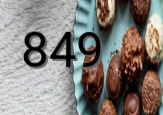
849